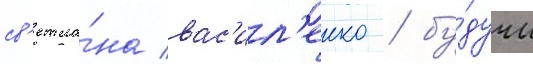
св'етла́на вас'ил'енко / бу́дучи